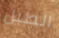
الطبل